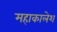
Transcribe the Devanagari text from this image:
महाकालेश